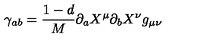
\gamma _ { a b } = \frac { 1 - d } { M } \partial _ { a } X ^ { \mu } \partial _ { b } X ^ { \nu } g _ { \mu \nu }